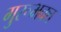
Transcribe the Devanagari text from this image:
गुरूभक्त